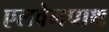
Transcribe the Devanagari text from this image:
एलवेनपाथ